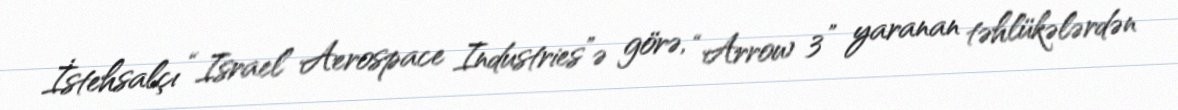
İstehsalçı “Israel Aerospace Industries”ə görə, “Arrow 3” yaranan təhlükələrdən